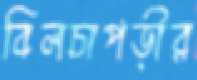
বিলচাপড়ীর